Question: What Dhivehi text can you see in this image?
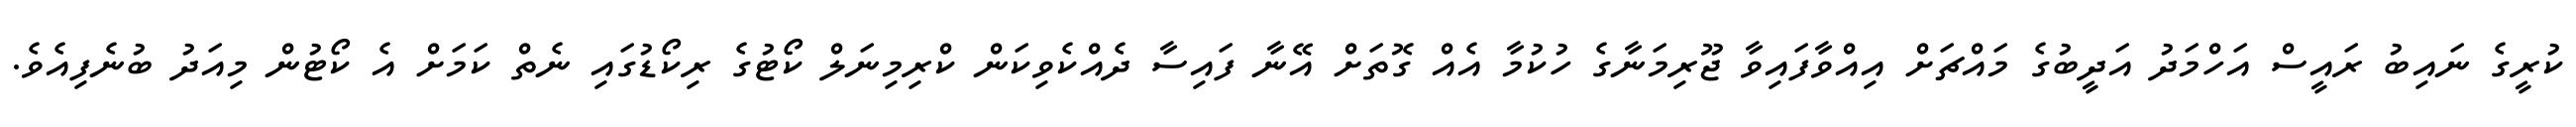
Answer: ކުރީގެ ނައިބު ރައީސް އަހްމަދު އަދީބުގެ މައްޗަށް އިއްވާފައިވާ ޖޫރިމަނާގެ ހުކުމާ އެއް ގޮތަށް އޭނާ ފައިސާ ދެއްކެވިކަން ކްރިމިނަލް ކޯޓުގެ ރިކޯޑުގައި ނެތް ކަމަށް އެ ކޯޓުން މިއަދު ބުނެފިއެވެ.